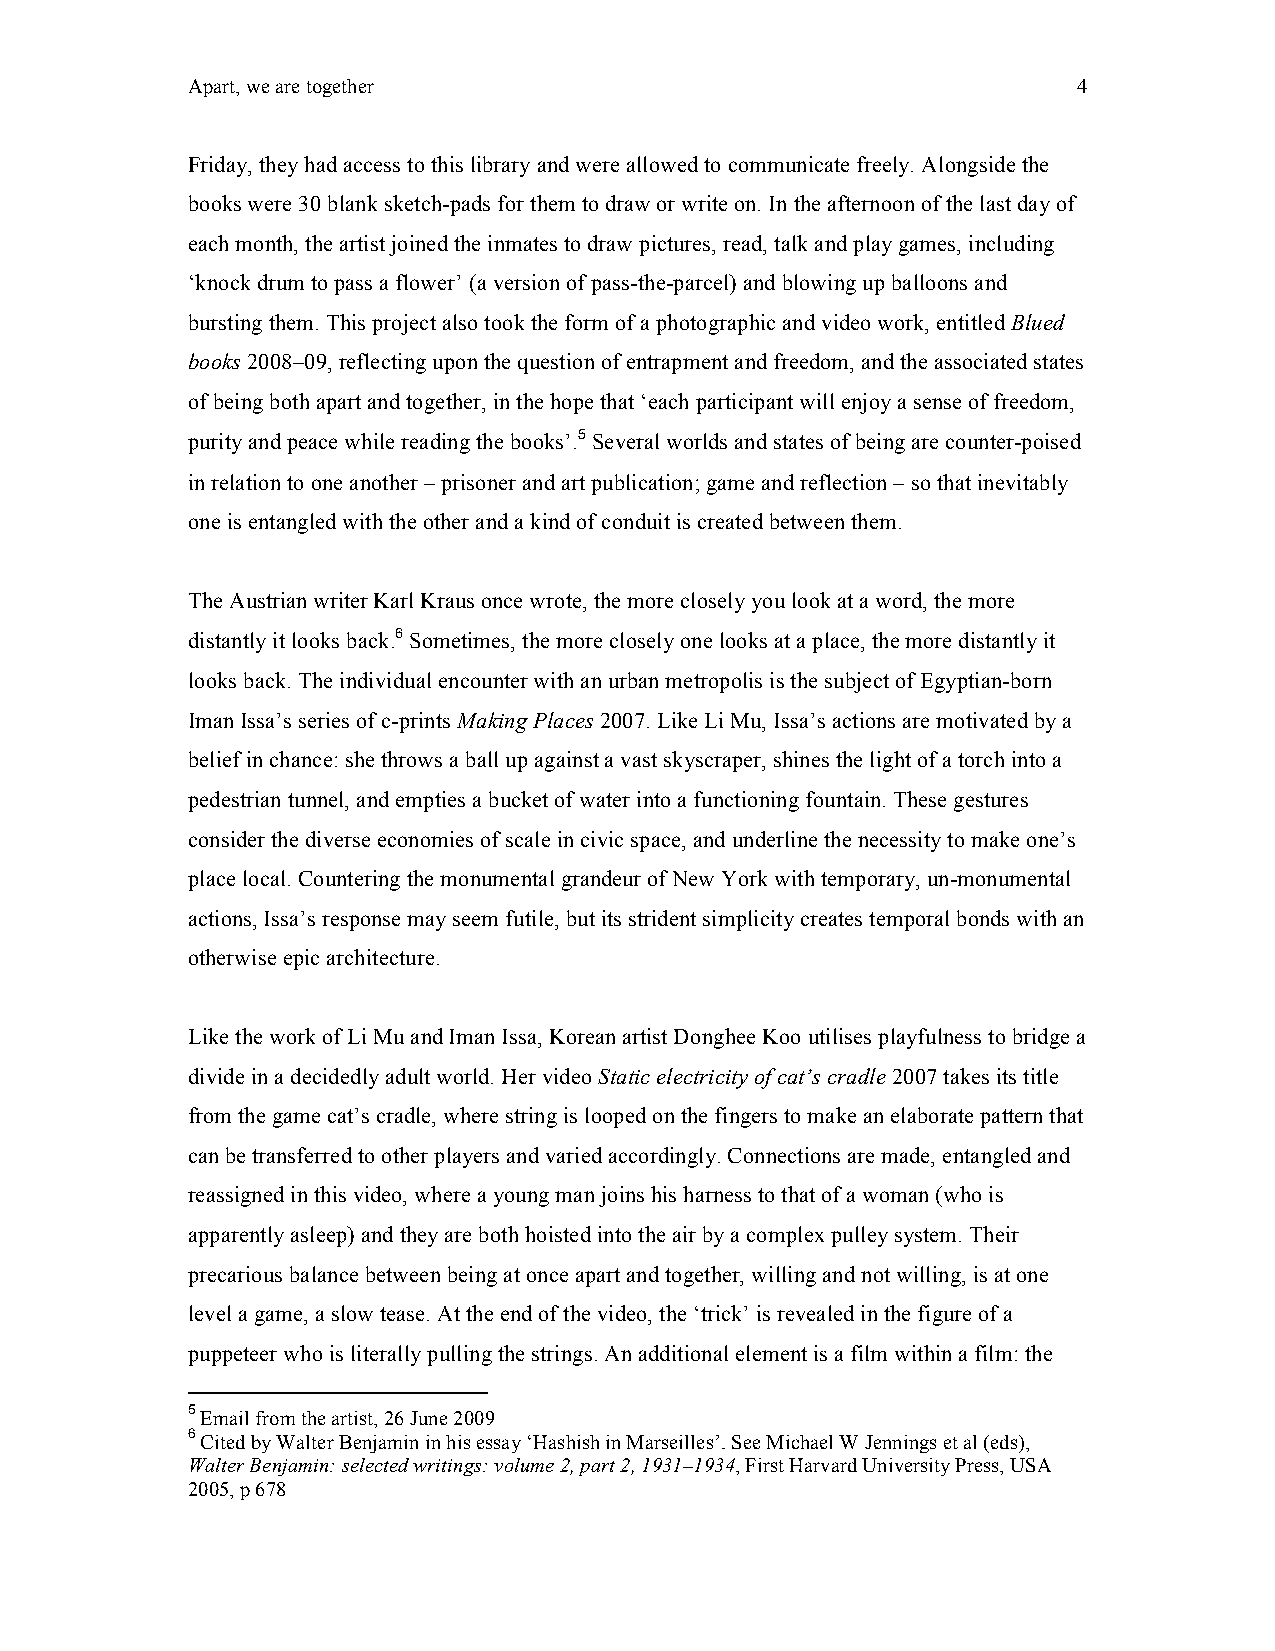
Apart, we are together                                     4
 Friday, they had access to this library and were allowed to communicate freely. Alongside the
 books were 30 blank sketch-pads for them to draw or write on. In the afternoon of the last day of
 each month, the artist joined the inmates to draw pictures, read, talk and play games, including
 ‘knock drum to pass a flower’ (a version of pass-the-parcel) and blowing up balloons and
 bursting them. This project also took the form of a photographic and video work, entitled Blued
 books 2008–09, reflecting upon the question of entrapment and freedom, and the associated states
 of being both apart and together, in the hope that ‘each participant will enjoy a sense of freedom,
 purity and peace while reading the books’.5 Several worlds and states of being are counter-poised
 in relation to one another – prisoner and art publication; game and reflection – so that inevitably
 one is entangled with the other and a kind of conduit is created between them.
 The Austrian writer Karl Kraus once wrote, the more closely you look at a word, the more
 distantly it looks back.6 Sometimes, the more closely one looks at a place, the more distantly it
 looks back. The individual encounter with an urban metropolis is the subject of Egyptian-born
 Iman Issa’s series of c-prints Making Places 2007. Like Li Mu, Issa’s actions are motivated by a
 belief in chance: she throws a ball up against a vast skyscraper, shines the light of a torch into a
 pedestrian tunnel, and empties a bucket of water into a functioning fountain. These gestures
 consider the diverse economies of scale in civic space, and underline the necessity to make one’s
 place local. Countering the monumental grandeur of New York with temporary, un-monumental
 actions, Issa’s response may seem futile, but its strident simplicity creates temporal bonds with an
 otherwise epic architecture.
 Like the work of Li Mu and Iman Issa, Korean artist Donghee Koo utilises playfulness to bridge a
 divide in a decidedly adult world. Her video Static electricity of cat’s cradle 2007 takes its title
 from the game cat’s cradle, where string is looped on the fingers to make an elaborate pattern that
 can be transferred to other players and varied accordingly. Connections are made, entangled and
 reassigned in this video, where a young man joins his harness to that of a woman (who is
 apparently asleep) and they are both hoisted into the air by a complex pulley system. Their
 precarious balance between being at once apart and together, willing and not willing, is at one
 level a game, a slow tease. At the end of the video, the ‘trick’ is revealed in the figure of a
 puppeteer who is literally pulling the strings. An additional element is a film within a film: the
 5 Email from the artist, 26 June 2009
 6 Cited by Walter Benjamin in his essay ‘Hashish in Marseilles’. See Michael W Jennings et al (eds),
 Walter Benjamin: selected writings: volume 2, part 2, 1931–1934, First Harvard University Press, USA
 2005, p 678